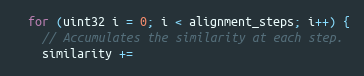
Language: C++
  for (uint32 i = 0; i < alignment_steps; i++) {
    // Accumulates the similarity at each step.
    similarity +=